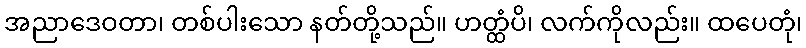
အညာဒေဝတာ၊ တစ်ပါးသော နတ်တို့သည်။ ဟတ္ထံပိ၊ လက်ကိုလည်း။ ထပေတုံ၊